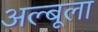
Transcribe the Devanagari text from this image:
अल्बूला